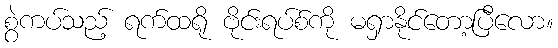
စွဲကပ်သည့် ရက်ထရို ဗိုင်းရပ်စ်ကို မရှာနိုင်တော့ပြီလော။